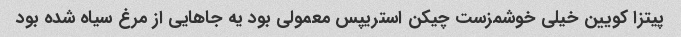
پیتزا کویین خیلی خوشمزست چیکن استریپس معمولی بود یه جاهایی از مرغ سیاه شده بود